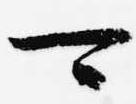
可